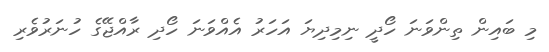
މި ބައިން ތިންވަނަ ހޯދީ ނިމިދިޔަ އަހަރު އެއްވަނަ ހޯދި ރާއްޖޭގެ ހުނަރުވެރި